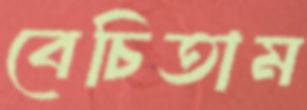
বেচিতাম